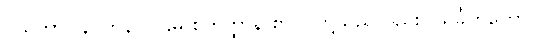
ဝိသဘာဂါနိ၊ ကုန်။ ပဌမ စတုတ္ထာနိ စာပိ၊ တို့သည်လည်း။ သင်္ခတတော၊